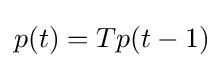
p(t)=Tp(t-1)